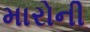
મારોની